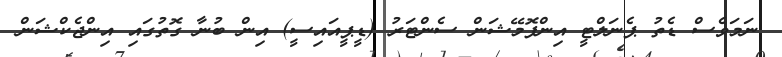
ނަމަވެސް ޑެތު ޕެނަލްޓީ އިންފޮމޭޝަން ސެންޓަރު (ޑީޕީއައިސީ) އިން ބުނާ ގޮތުގައި އިންޖެކްޝަން